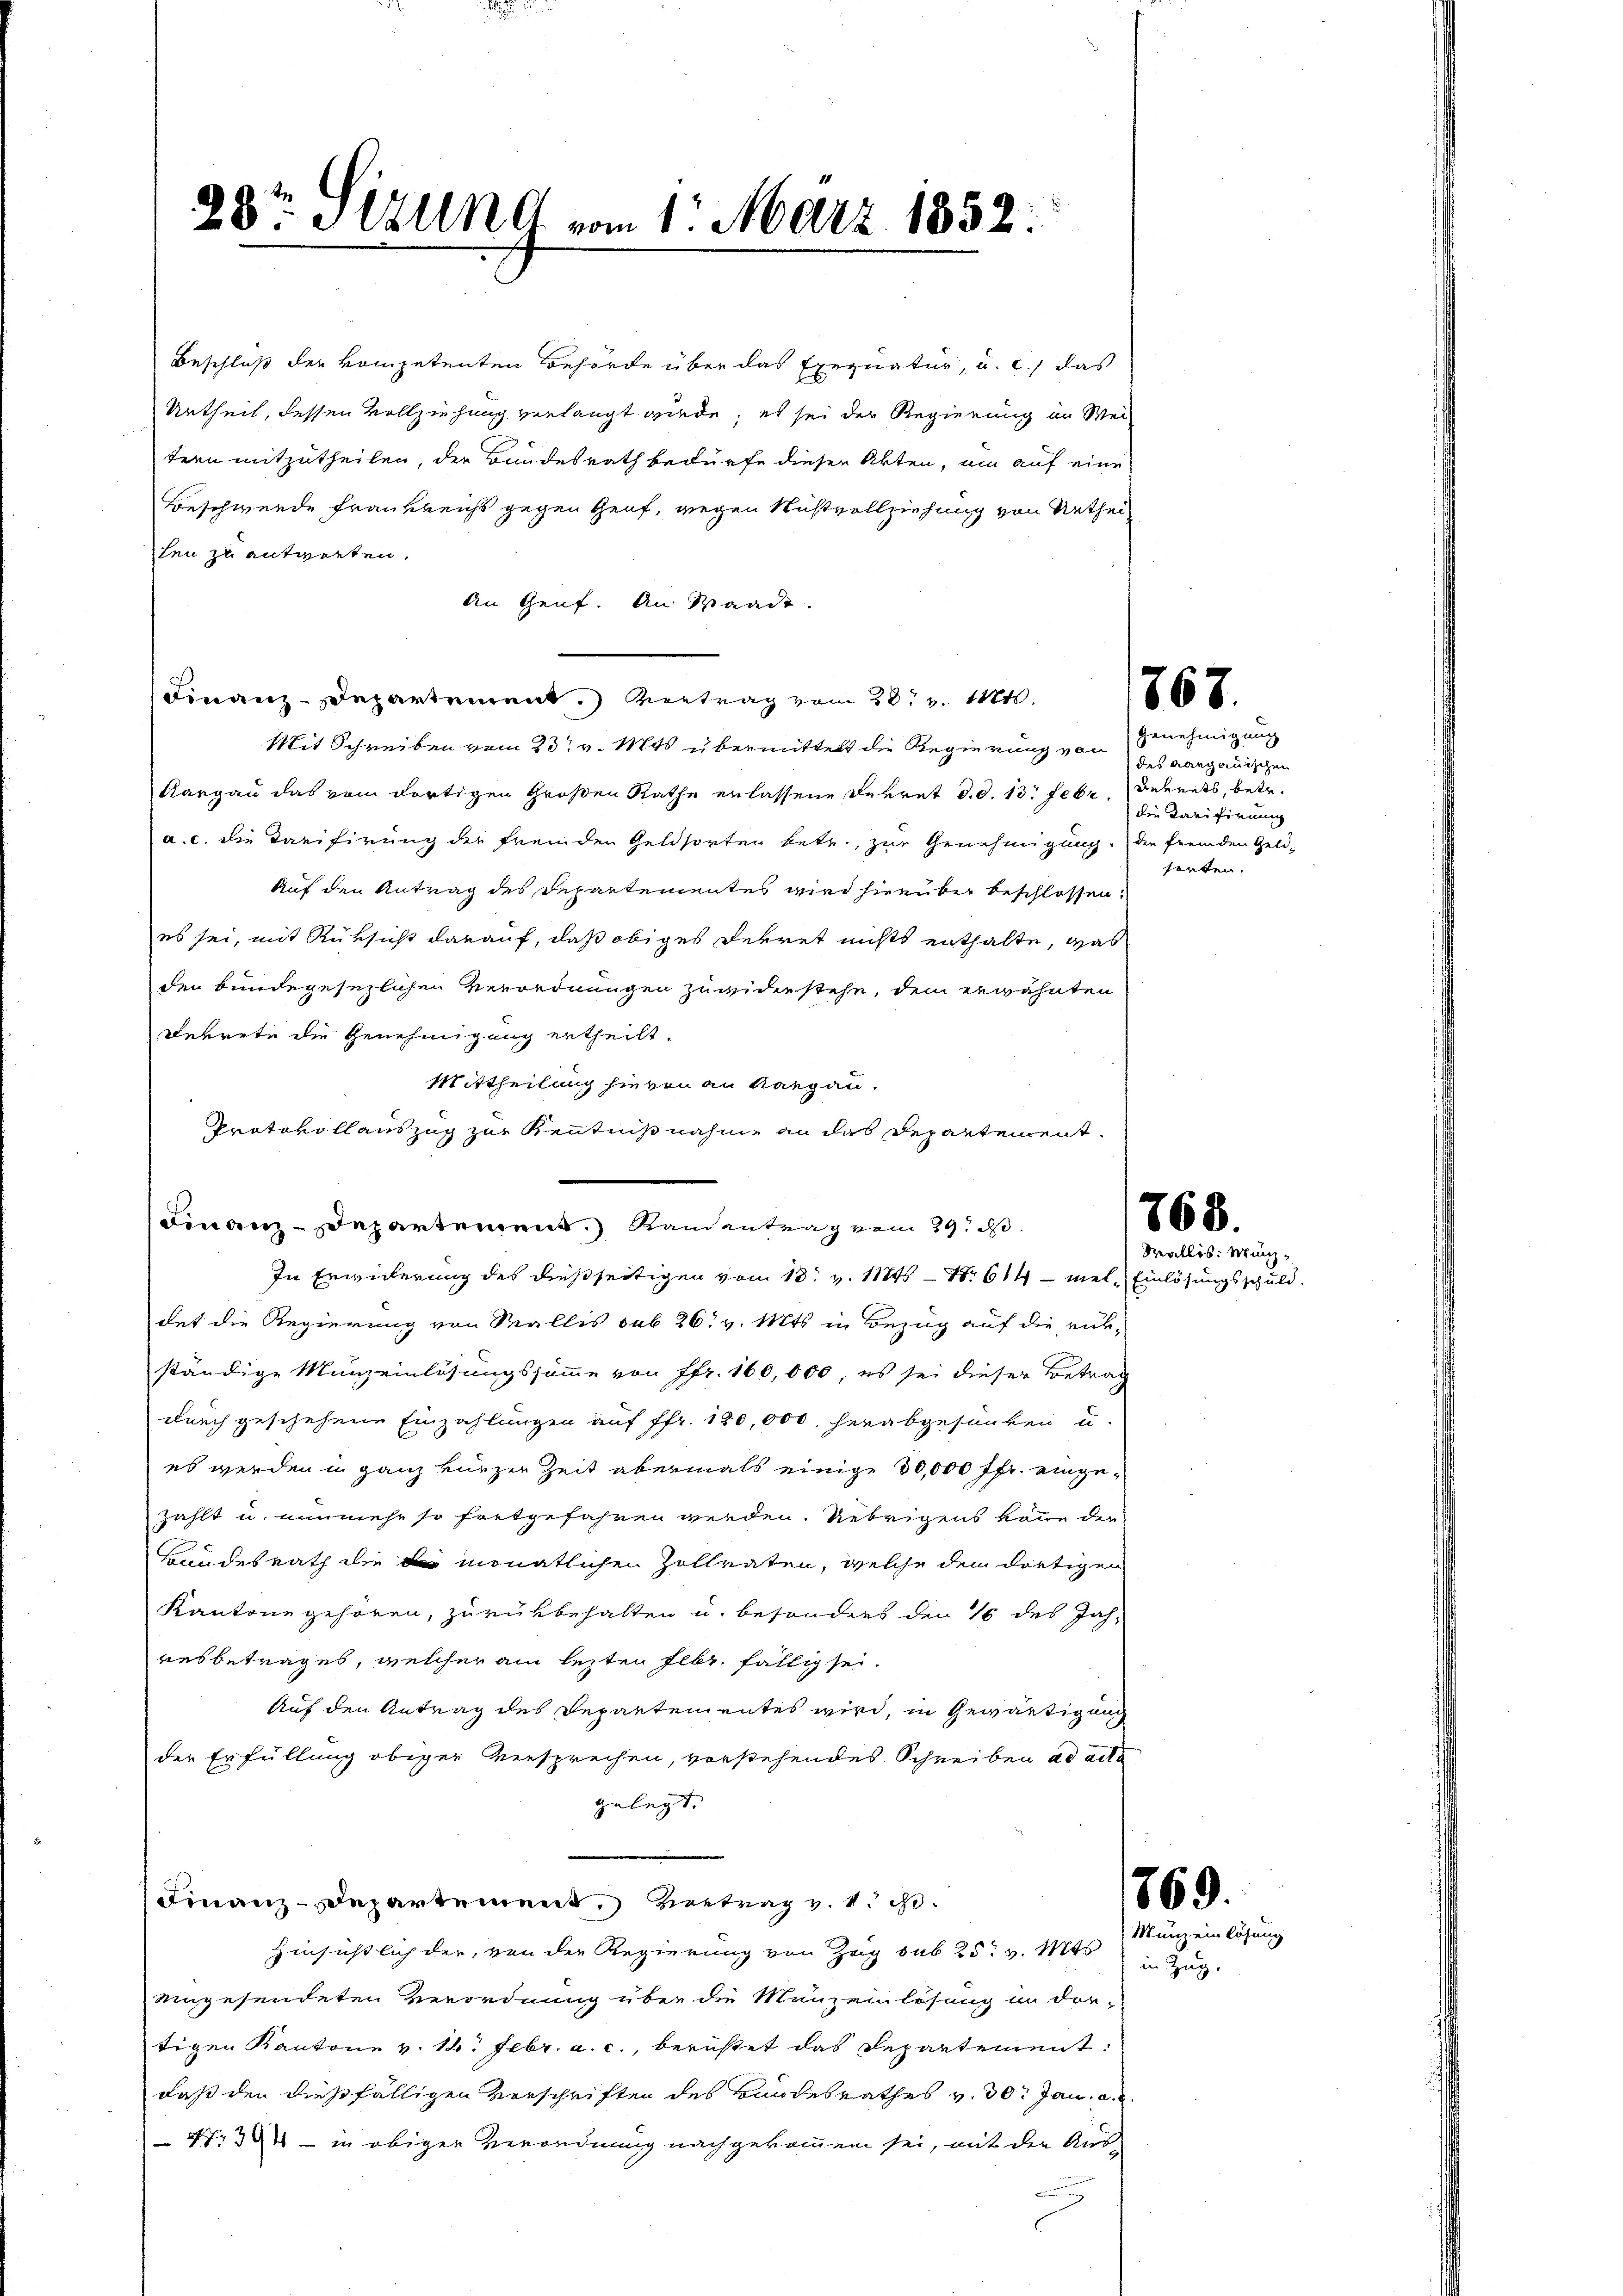
Beschluß der kompetenten Behörde über das Exequatur, u. c.) das
Urtheil, dessen Vollziehung verlangt wurde; es sei der Regierung im Wei-
tern mitzutheilen, der Bundesrath bedürfe diesen Akten, um auf eine
Beschwerde Frankreichs gegen Genf, wegen Nustvollziehung von Urtheilen zu antworten.
An Genf. An Waadt
Mit Schreiben vom 23t v. Mts. übermittelt die Regierung von
Aargau das vom dortigen Großen Rathe erlassene Dekret d. d. 13. Febr.
a. c. die Tarifirung der fremden Geldsorten betr., zur Genehmigung. Die fremden Geld-
Auf den Antrag des Departementes wird hierüber beschlossen:
es sei, mit Rüksicht darauf, daß obiges Ferret nichts enthalte, was
den bundegesezlichen Verordnungen zu widerstehe, dem erwähnten
Dekrete die Genehmigung ertheilt.
Mittheilung hievon an Aargau.
Protokollauszug zur Kenntnißnahme an das Departement
In Erwiderung des dießseitigen vom 18t v. 1124 - Nr. 614 - viel Einlösungsschuld.
det die Regierung von Wallis sub 26. v. Mts. in Bezug auf die rükständige Münzeinlösungssumme von Pfr. 160,000, es sei dieser Betrag
durch geschehene Einzahlungen auf ffr. 180,000 herabgesunken u.
es werden in ganz kurzer Zeit abermals einige 30,000 fr. eingezählt u. nunmehr so fortgefahren werden. Uebrigens könne der
Bundesrath die monatlichen Zollraten, welche dem dortigen
Kantone gehören, zurükbehalten u. besonders den 16 des Jah-
resbetrages, welcher am lezten Febr. fällig sei.
Auf den Antrag des Departementes wird, in Gewärtigung
der Erfüllung obiger Versprechen, vorstehendes Schreiben ad acta
gelegt.
Finanz-Departement, Vertrag v. 4. d.
Hinsichtlich der, von der Regierung von Zug sub 25. v. Mts
engesendeten Verordnung über die Munzeinlösung in dor-
tigen Kantone v. 16. Febr. a. c., berüstet das Departement:
daß den dießfälligen Vorschriften des Bundesrathes v. 30. Jan. a.
47:34 - in obiger Verordnung nachgekommen sei, mit der Aus-
.

23t Sitzung vom 1. März 1852.

Finanz-Departement.) Vertrag vom 28t v. 1824.

Finanz-Departement. Randantrag vom 29. d.

7

.

Genehmigung
des aargauischen
Bereits, betr.
die Tarifirung
sarten.

768.
Wallis: Münz¬

1869.
Münz einlösung

in Zug.